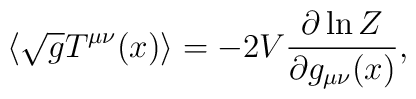
\langle \sqrt{g} T^{\mu\nu}(x)\rangle = - 2 V{\partial \ln Z\over\partial g_{\mu\nu}(x)} ,